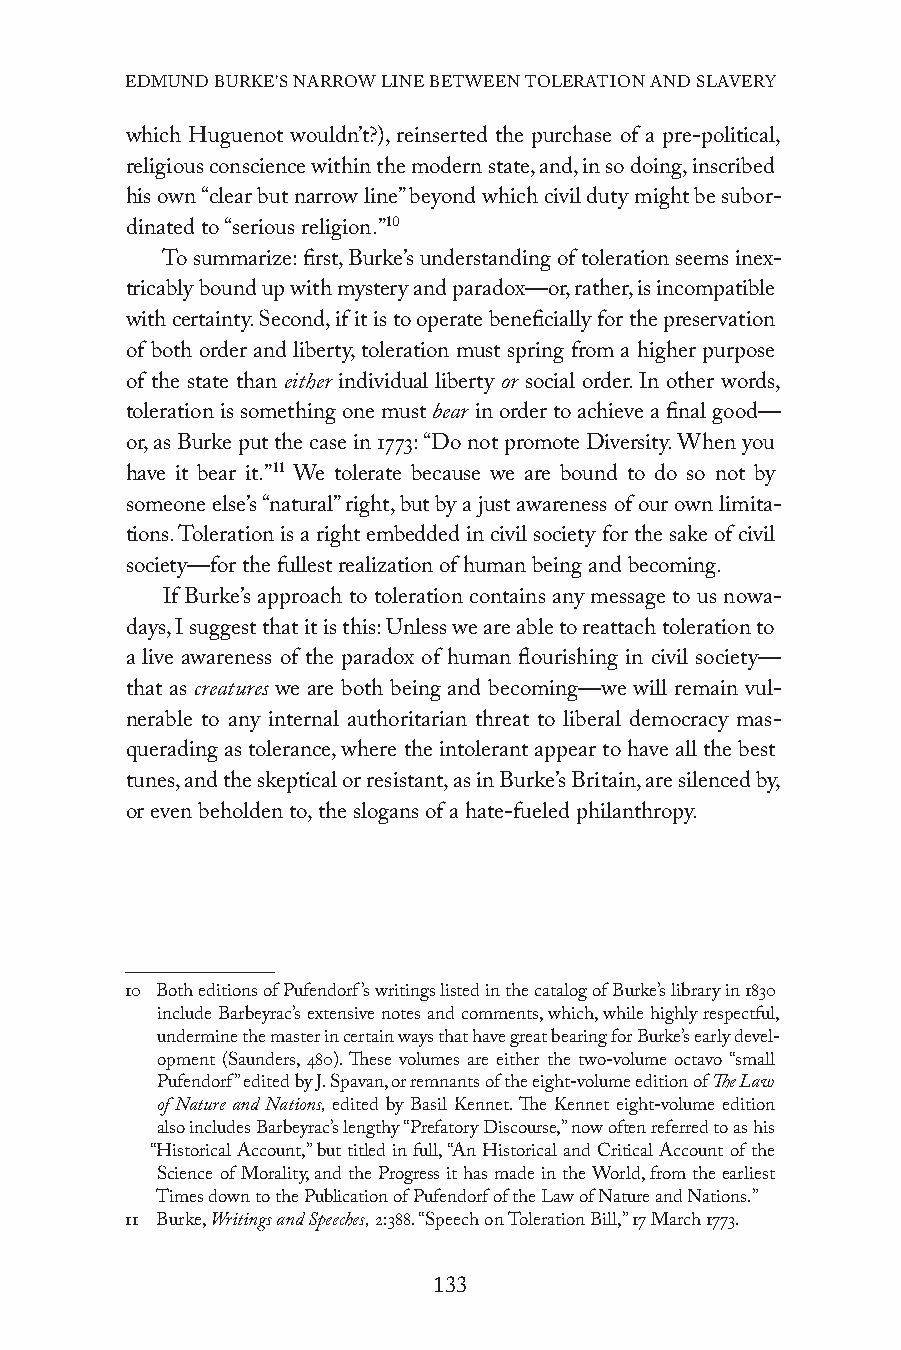
EDMUND BURKE’S NARROW LINE BETWEEN TOLERATION AND SLAVERY
 which Huguenot wouldn’t?), reinserted the purchase of a pre-political,
 religious conscience within the modern state, and, in so doing, inscribed
 his own “clear but narrow line” beyond which civil duty might be subor-
 dinated to “serious religion.”10
 To summarize: first, Burke’s understanding of toleration seems inex-
 tricably bound up with mystery and paradox—or, rather, is incompatible
 with certainty. Second, if it is to operate beneficially for the preservation
 of both order and liberty, toleration must spring from a higher purpose
 of the state than either individual liberty or social order. In other words,
 toleration is something one must bear in order to achieve a final good—
 or, as Burke put the case in 1773: “Do not promote Diversity. When you
 have it bear it.”11 We tolerate because we are bound to do so not by
 someone else’s “natural” right, but by a just awareness of our own limita-
 tions. Toleration is a right embedded in civil society for the sake of civil
 society—for the fullest realization of human being and becoming.
 If Burke’s approach to toleration contains any message to us nowa-
 days, I suggest that it is this: Unless we are able to reattach toleration to
 a live awareness of the paradox of human flourishing in civil society—
 that as creatures we are both being and becoming—we will remain vul-
 nerable to any internal authoritarian threat to liberal democracy mas-
 querading as tolerance, where the intolerant appear to have all the best
 tunes, and the skeptical or resistant, as in Burke’s Britain, are silenced by,
 or even beholden to, the slogans of a hate-fueled philanthropy.
 10 Both editions of Pufendorf’s writings listed in the catalog of Burke’s library in 1830
 include Barbeyrac’s extensive notes and comments, which, while highly respectful,
 undermine the master in certain ways that have great bearing for Burke’s early devel-
 opment (Saunders, 480). These volumes are either the two-volume octavo “small
 Pufendorf” edited by J. Spavan, or remnants of the eight-volume edition of The Law
 of Nature and Nations, edited by Basil Kennet. The Kennet eight-volume edition
 also includes Barbeyrac’s lengthy “Prefatory Discourse,” now often referred to as his
 “Historical Account,” but titled in full, “An Historical and Critical Account of the
 Science of Morality, and the Progress it has made in the World, from the earliest
 Times down to the Publication of Pufendorf of the Law of Nature and Nations.”
 11 Burke, Writings and Speeches, 2:388. “Speech on Toleration Bill,” 17 March 1773.
 133